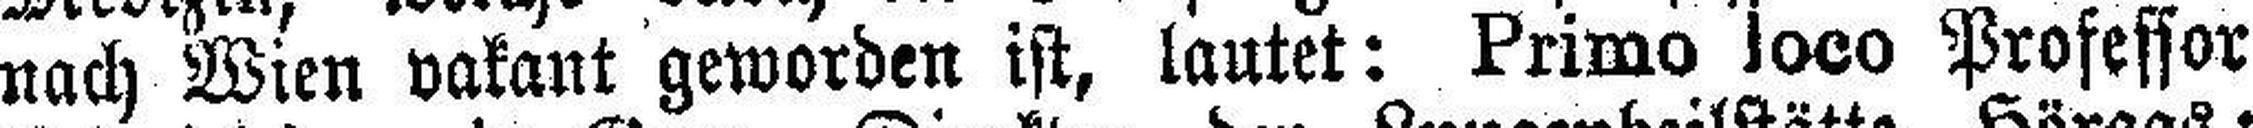
nach Wien vakant geworden ist, lautet: Primo loco Professor